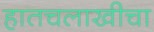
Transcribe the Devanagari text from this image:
हातचलाखीचा